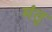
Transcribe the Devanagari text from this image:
मंतु